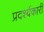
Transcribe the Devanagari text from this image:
प्रदर्श्यकारी